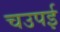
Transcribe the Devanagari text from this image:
चउपई